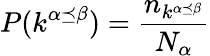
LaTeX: \displaystyle P(k^{\alpha\preceq\beta})=\frac{n_{k^{\alpha\preceq\beta}}}{N_{\alpha}}